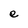
Character: e